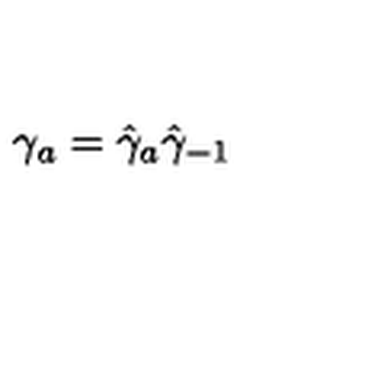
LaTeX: \gamma _ { a } = \hat { \gamma } _ { a } \hat { \gamma } _ { - 1 }